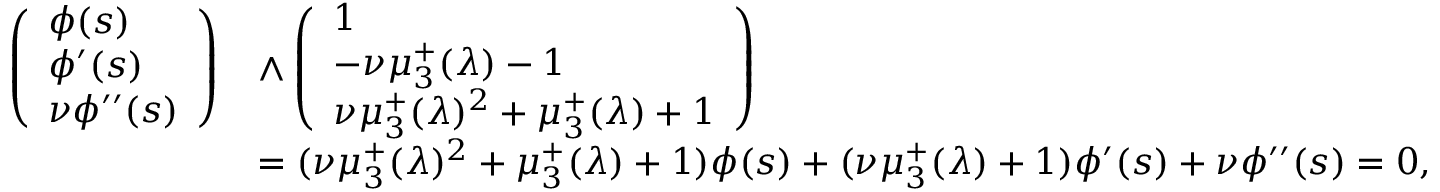
\begin{array} { r l } { \left( \begin{array} { l } { \phi ( s ) } \\ { \phi ^ { \prime } ( s ) } \\ { \nu \phi ^ { \prime \prime } ( s ) } \end{array} \right) } & { \wedge \left( \begin{array} { l } { 1 } \\ { - \nu \mu _ { 3 } ^ { + } ( \lambda ) - 1 } \\ { \nu \mu _ { 3 } ^ { + } ( \lambda ) ^ { 2 } + \mu _ { 3 } ^ { + } ( \lambda ) + 1 } \end{array} \right) } \\ & { = ( \nu \mu _ { 3 } ^ { + } ( \lambda ) ^ { 2 } + \mu _ { 3 } ^ { + } ( \lambda ) + 1 ) \phi ( s ) + ( \nu \mu _ { 3 } ^ { + } ( \lambda ) + 1 ) \phi ^ { \prime } ( s ) + \nu \phi ^ { \prime \prime } ( s ) = 0 , } \end{array}